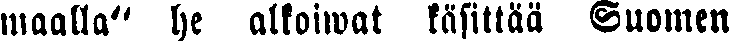
maalla" he alkoiwat käsittää Suomen